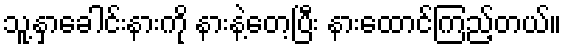
သူ့နှာခေါင်းနားကို နားနဲ့တေ့ပြီး နားထောင်ကြည့်တယ်။